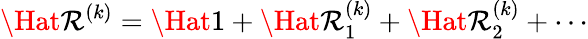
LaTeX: \Hat{\mathcal{R}}^{(k)}=\Hat{1}+\Hat{\mathcal{R}}_{1}^{(k)}+\Hat{\mathcal{R}}_{2}^{(k)}+\cdots